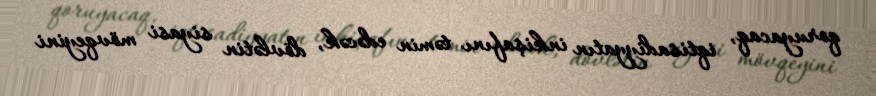
qoruyacaq, iqtisadiyyatın inkişafını təmin edəcək, dövlətin siyasi mövqeyini